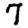
Digit: 7